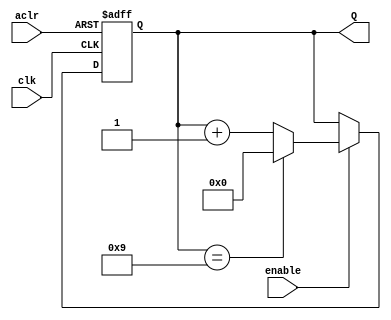
module counter_mod_M #(parameter M=10)
								(input clk, aclr, enable,
								output reg [N-1:0] Q);
								
	localparam N=clogb2(M-1);
	
	// szerokość bitowa licznika na podstawie modułu
	function integer clogb2(input [31:0]v);
		for (clogb2 = 0; v>0; clogb2 = clogb2 + 1)
			v = v>>1;
	endfunction

	always @(posedge clk, negedge aclr)
		if(!aclr) Q<= {N{1'b0}};
		else begin
			if(enable) begin
				if(Q == M-1) Q<={N{1'b0}};
				else Q<= Q + 1'b1;
			end
			else Q<=Q;
		end
		
endmodule